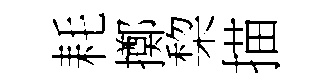
耗擲棃描